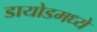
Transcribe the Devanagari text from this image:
डायोडमध्ये